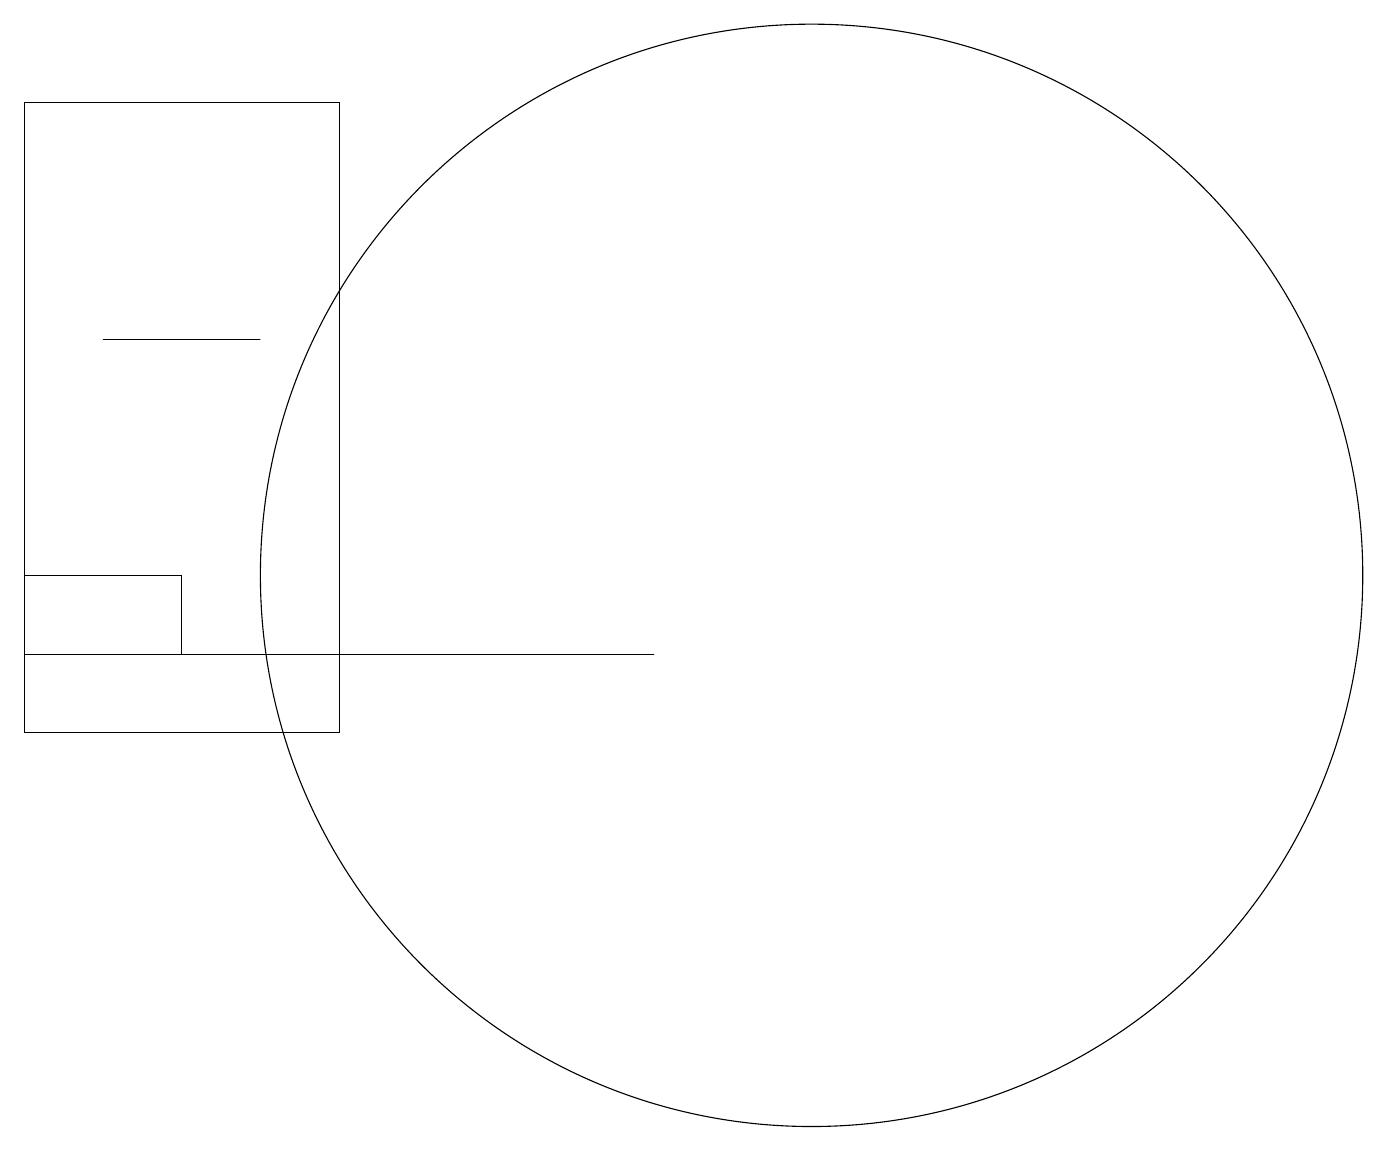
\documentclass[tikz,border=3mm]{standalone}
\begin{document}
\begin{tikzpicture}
\draw (2,12) rectangle (0,11);
\draw (0,11) rectangle (8,11);
\draw (10,12) circle (7);
\draw (1,15) rectangle (3,15);
\draw (4,10) rectangle (0,18);
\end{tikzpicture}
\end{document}